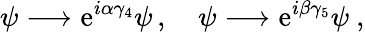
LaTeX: \psi\longrightarrow\mathrm{e}^{i\alpha\gamma_{4}}\psi\, ,\quad\psi\longrightarrow\mathrm{e}^{i\beta\gamma_{5}}\psi\ ,